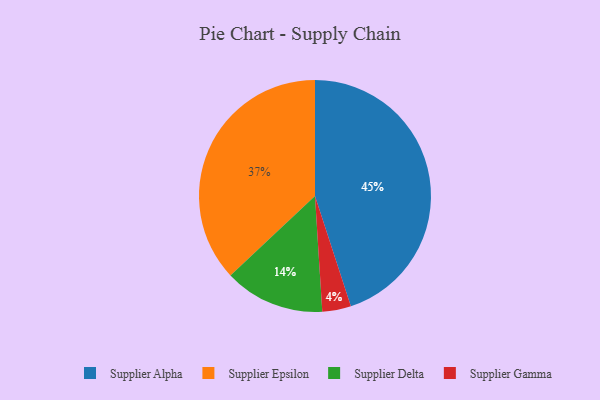
{"axis": {"x": "Category", "y": "Percentage"}, "legend": ["Supplier Alpha", "Supplier Delta", "Supplier Epsilon", "Supplier Gamma"], "data": [{"x": "Supplier Delta", "y": 14, "type": "Supplier Delta"}, {"x": "Supplier Epsilon", "y": 37, "type": "Supplier Epsilon"}, {"x": "Supplier Alpha", "y": 45, "type": "Supplier Alpha"}, {"x": "Supplier Gamma", "y": 4, "type": "Supplier Gamma"}]}